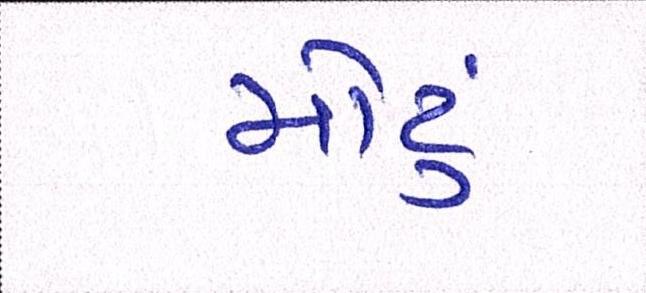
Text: મોટું